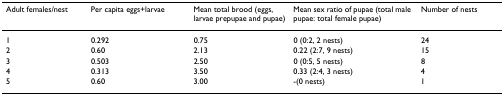
<table><thead><tr><td><b>Adult females/nest</b></td><td><b>Per capita eggs+larvae</b></td><td><b>Mean total brood (eggs, larvae prepupae and pupae)</b></td><td><b>Mean sex ratio of pupae (total male pupae: total female pupae)</b></td><td><b>Number of nests</b></td></tr></thead><tbody><tr><td>1</td><td>0.292</td><td>0.75</td><td>0 (0:2, 2 nests)</td><td>24</td></tr><tr><td>2</td><td>0.60</td><td>2.13</td><td>0.22 (2:7, 9 nests)</td><td>15</td></tr><tr><td>3</td><td>0.503</td><td>2.50</td><td>0 (0:5, 5 nests)</td><td>8</td></tr><tr><td>4</td><td>0.313</td><td>3.50</td><td>0.33 (2:4, 3 nests)</td><td>4</td></tr><tr><td>5</td><td>0.60</td><td>3.00</td><td>-(0 nests)</td><td>1</td></tr></tbody></table>